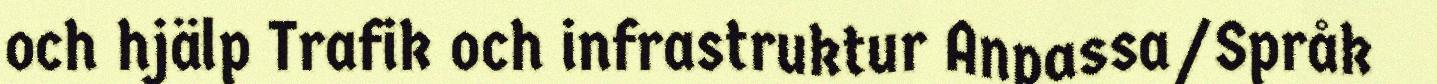
och hjälp Trafik och infrastruktur Anpassa/Språk